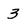
Character: 3